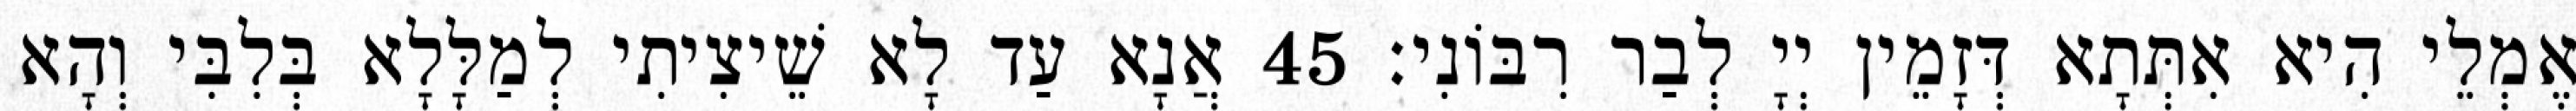
אֶמְלֵי הִיא אִתְּתָא דְּזָמֵין יְיָ לְבַר רִבּוֹנִי׃ 45 אֲנָא עַד לָא שֵׁיצִיתִי לְמַלָּלָא בְּלִבִּי וְהָא